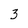
Character: 3